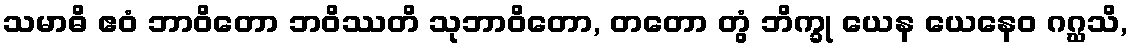
သမာဓိ ဧဝံ ဘာဝိတော ဘဝိဿတိ သုဘာဝိတော, တတော တွံ ဘိက္ခု ယေန ယေနေဝ ဂဂ္ဃသိ,